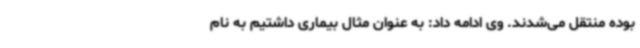
بوده منتقل می‌شدند. وی ادامه داد: به عنوان مثال بیماری داشتیم به نام